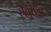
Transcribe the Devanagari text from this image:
सतूराचा